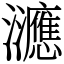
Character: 㶝